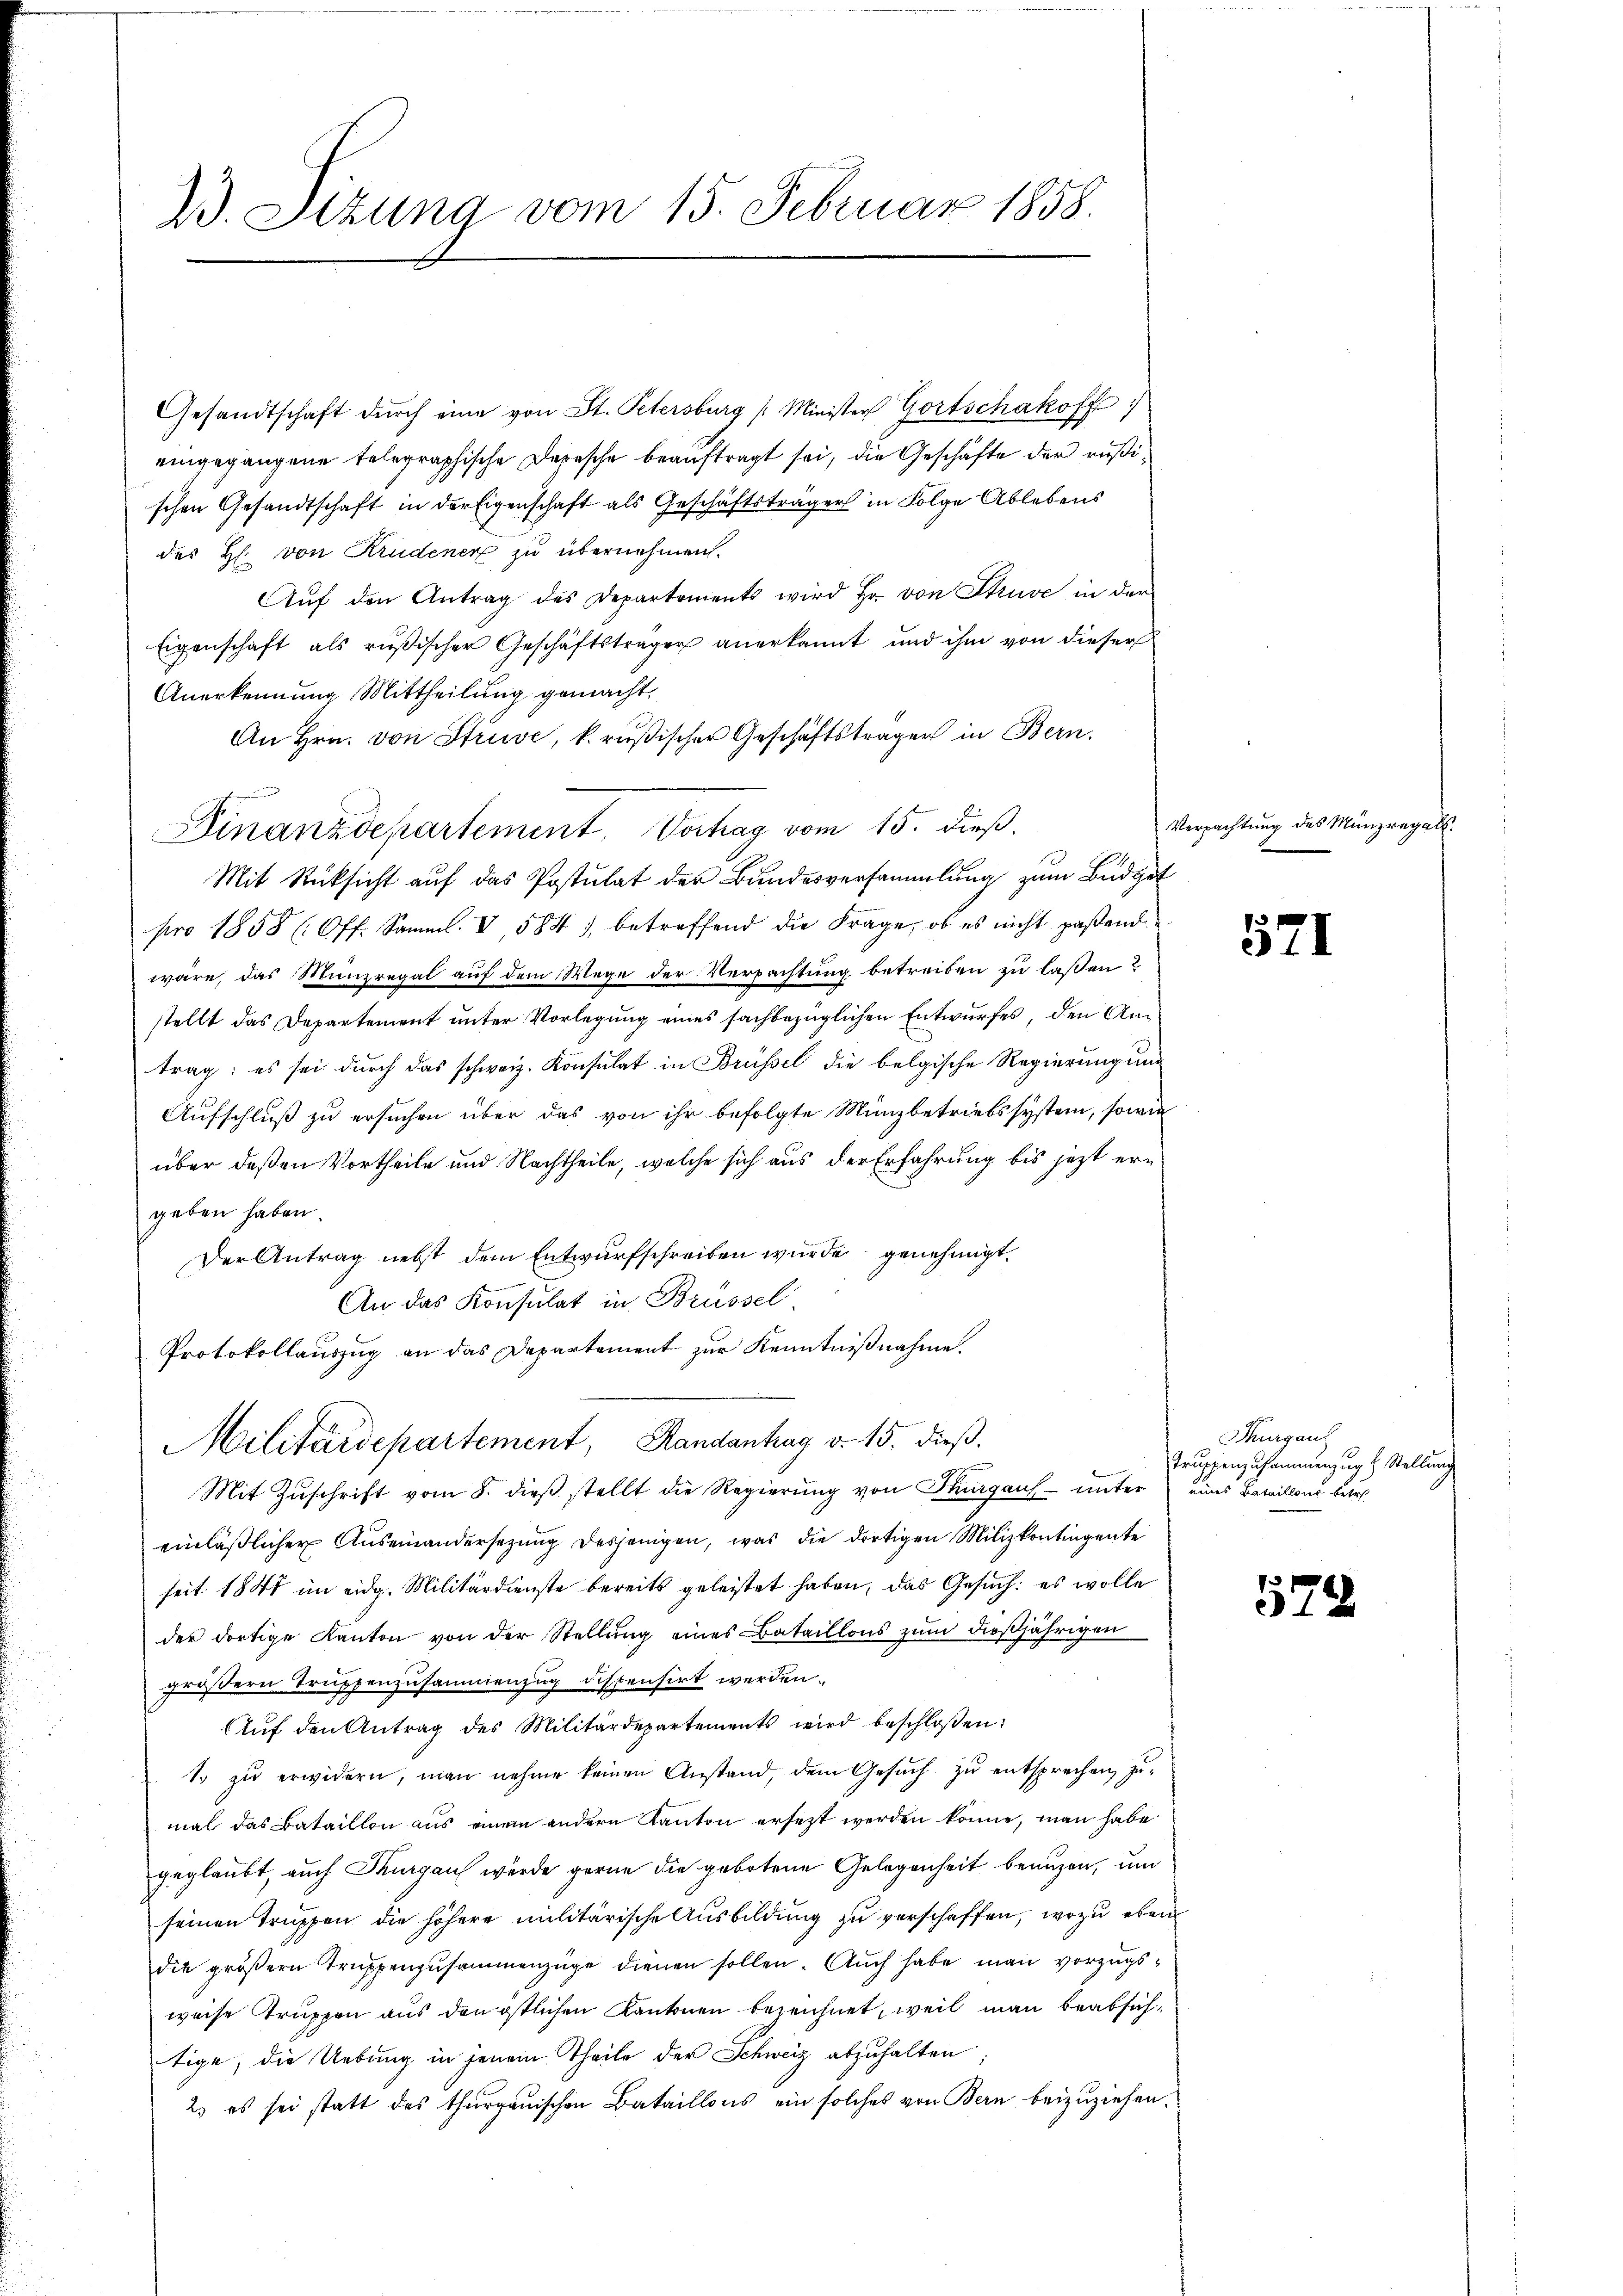
23. Sizung vom 15. Februar 1858.

Gesandtschaft dŭrch eine von St. Petersburg /: Minister Gortschakoff
eingegangene telegraphische Depesche beauftragt sei, die Geschäfte der rußischen Gesandtschaft in der Eigenschaft als Geschäftsträger in Folge Ablebens
des H. von Krudener zu übernehmen.
Aŭf den Antrag des Departements wird Hr. von Struve in der
Eigenschaft als rußischer Geschäftsträger anerkannt und ihm von dieser
Anerkennung Mittheilung gemacht.
An Hrn. von Struve, k. rußischer Geschäftsträger in Bern,
Finanzdepartement, Vorhag vom 15. dieß.
Mit Rücksicht auf das Postulat der Bundesversammlung zum Büdget
pro 1858 (Off. Samml. V 584. betreffend die Frage, ob es nicht paßend
wäre, das Münzregal auf dem Wege der Verpachtung betreiben zu lassen?
stellt das Departement unter Vorlegung eines sachbezüglichen Entwurfes, den Antrag: es sei durch das schweiz. Konsulat in Brüssel die belgische Regierung und
Aufschluß zu ersuchen über das von ihr befolgte Münzbetriebssystem, sowie
über deßen Vortheile und Nachtheile, welche sich aus der Erfahrung bis jetzt ergeben haben.
Der Antrag nebst dem Entwurfschreiben wurde genehmigt.
An das Konsulat in Brüssel
Protokollauszug an das Departement zur Kenntnißnahme.
Militärdepartement, Handanhag v. 15. dieß.
Mit Zŭschrift vom 8. dieβ stellt die Regierŭng von Thurgau unter eines Bataillons betreeinläßlicher Auseinandersezung desjenigen, was die dortigen Milizkontingente
seit 1847 im eidg. Militärdienste bereits geleistet haben, das Gesuch: es wolle
der dortige Kanton von der Stellung eines Bataillons zum dießjährigen
größern Truppenzusammenzug dispensirt werden.
Aŭf den Antrag des Militärdepartements wird beschloßen:
1. zu erwidern, man nehme keinen Anstand, dem Gesuch zu entsprechen, zumal das Bataillon aus einem andern Kanton ersezt werden könne, man habe
geglaubt, auch Thurgau wurde gerne die gebotene Gelegenheit beaugen, um
seinen Truppen die höhere militärische Ausbildung zu verschaffen, wozu eben
die größern Truppenzusammenzüge dienen sollen. Auch habe man vorzugsweise Truppen aus den östlichen Kantonen bezeichnet, weil man beabsichtige, die Uebung in jenem Theile der Schweiz abzuhalten
2. es sei statt des thurgauischen Bataillons ein solches von Bern beizuziehen.

Verpachtung des Münzrega

521

Thurgau
Truppenzusammenzug & Stellung

579.